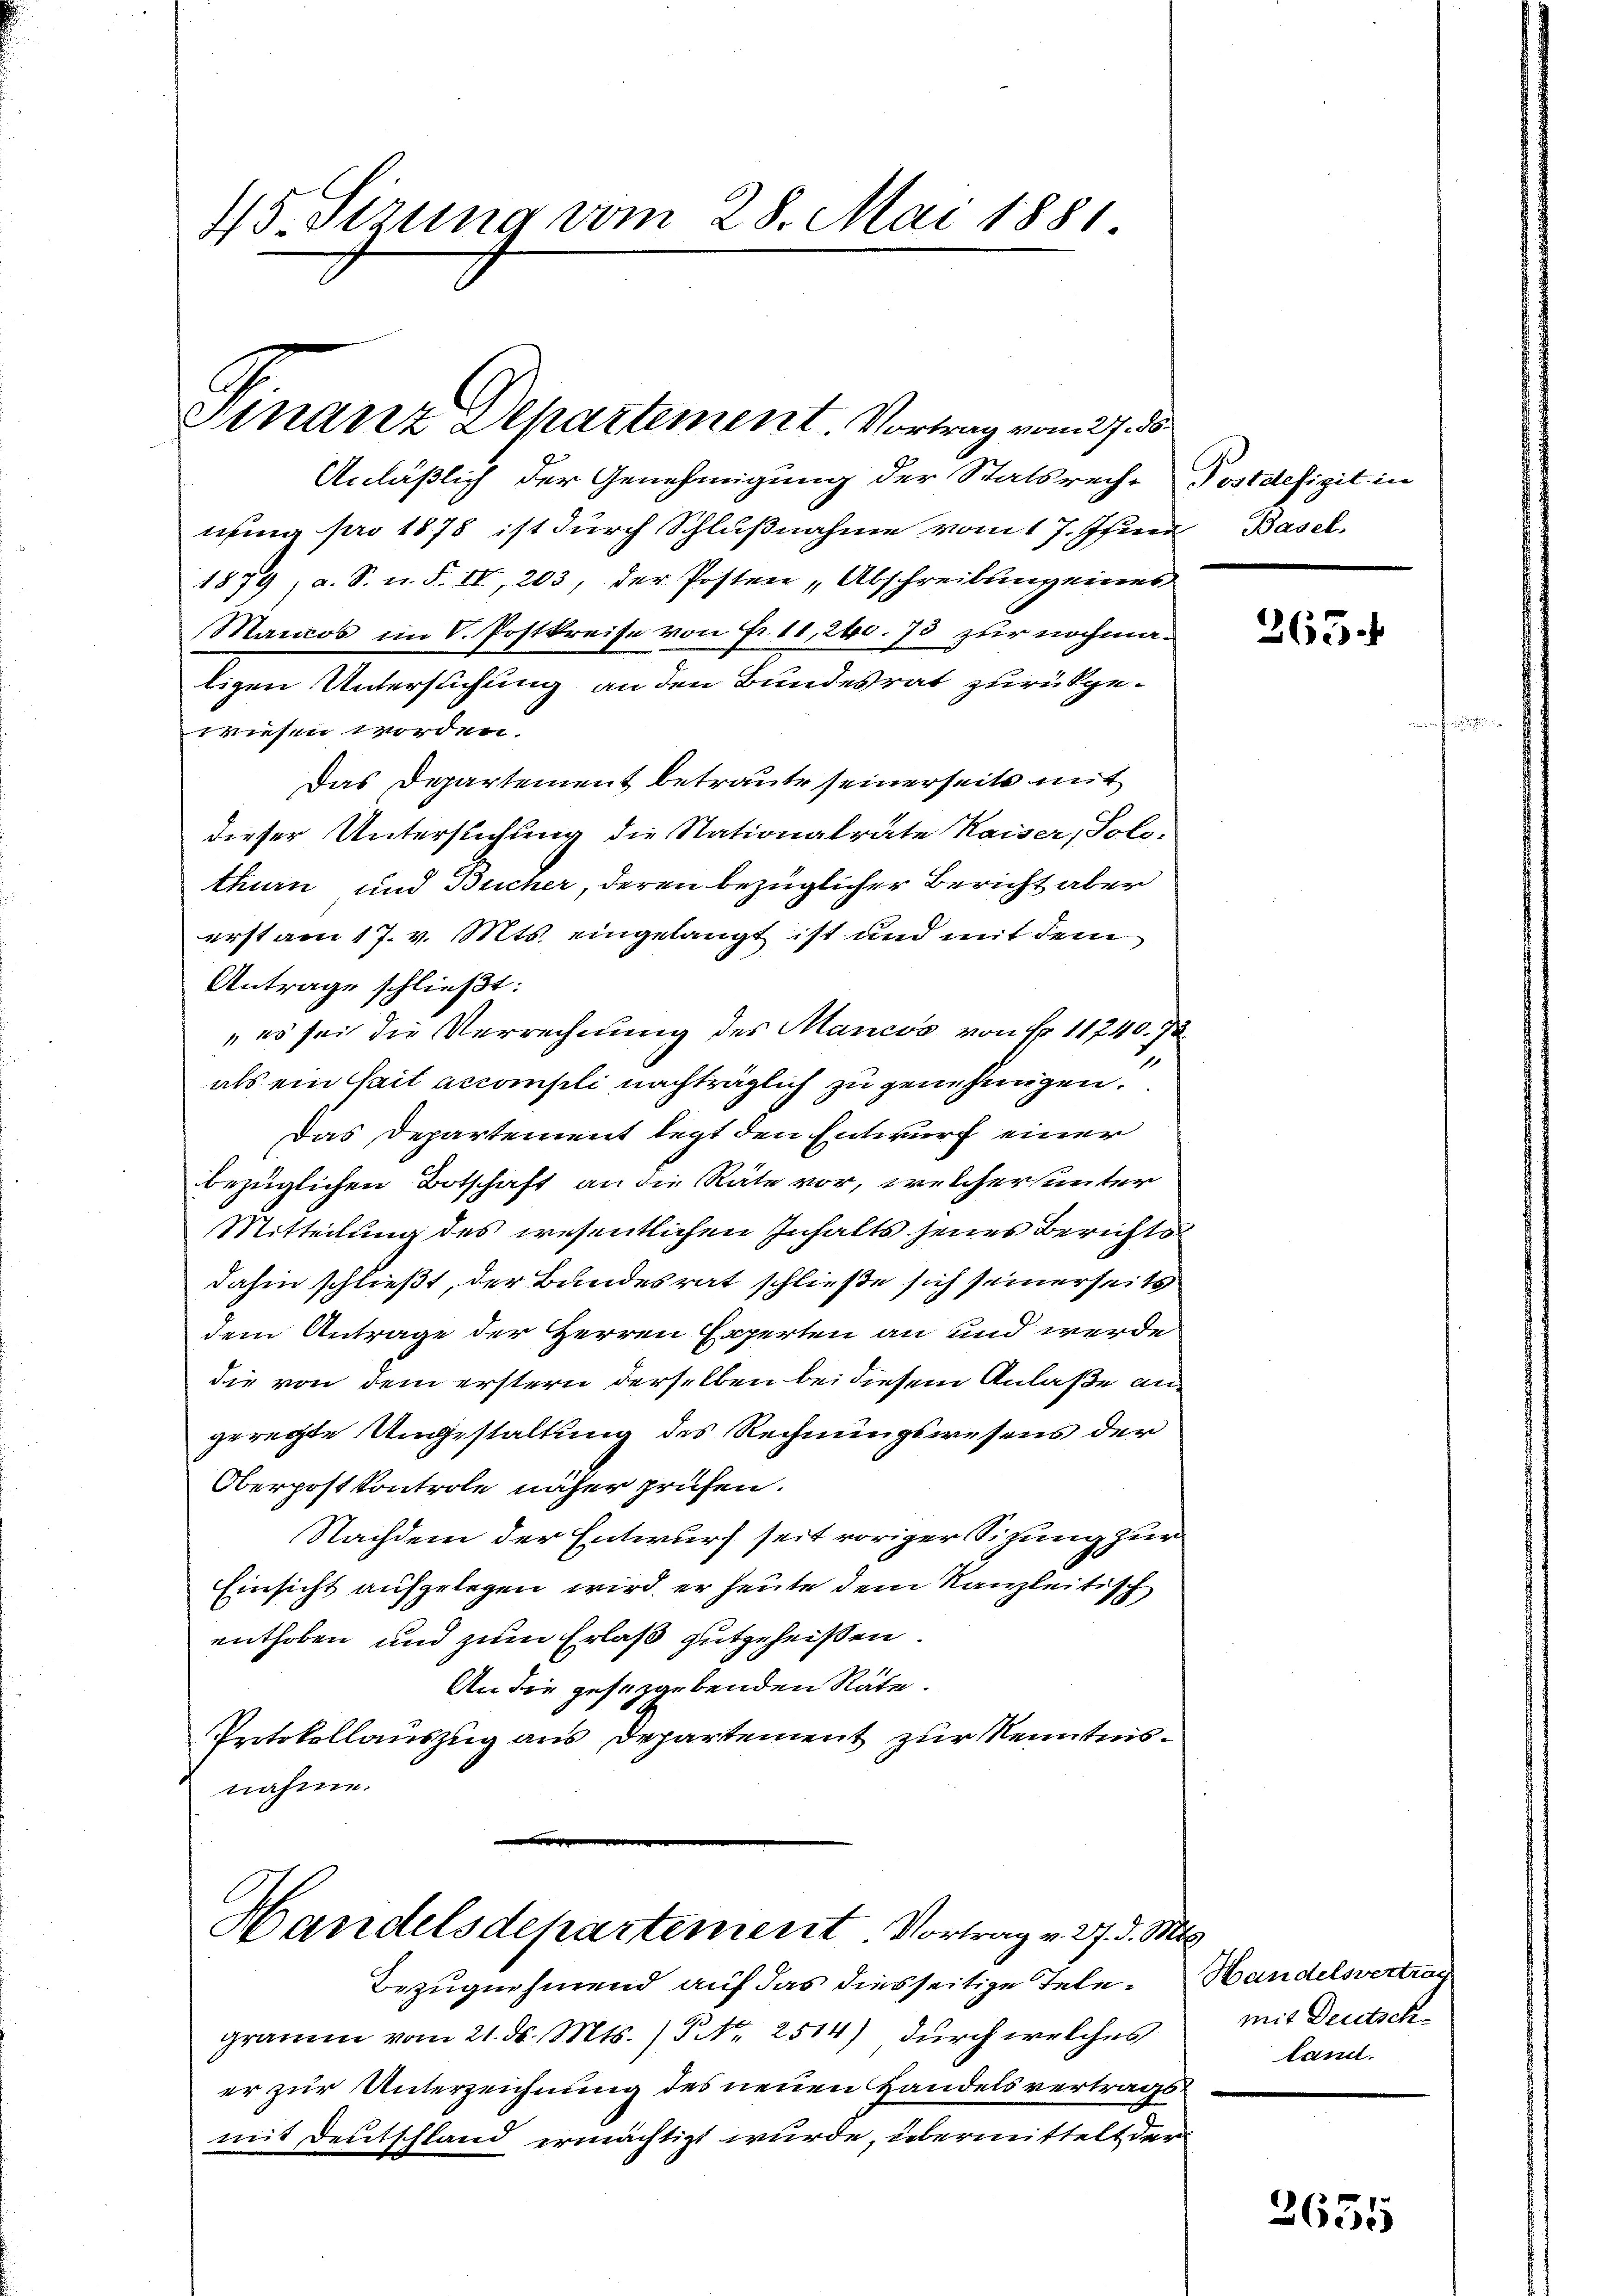
4/5 Sirung vom 28. Mai 1881.

Finanz Departement. Vortrag vom 27. ds

Handelsdepartement. Vortrag v. 27. d. Mts.

Anläßlich der Genehmigung der Statsreche Postdefizit in
ning pro 1878 ist durch Schlußnahme vom 17. Jena Basel
1879, a. S. n. F. IV, 203, der Posten Abschreibung eines
Mancos im V. Postkreise von Fr. 11, 240. 73 zur nochmatigen Untersuchung an den Bundesrat zurückgewiesen worden.
Das Departement betraute seinerseits mit
dieser Untersuchung die Nationalräte Kaiser, Solo-
thurn und Bucher, deren bezüglicher Bericht aber
erst am 17. v. Mts. eingelangt ist und mit dem
Antrage schließt:
„es sei die Verrechnung des Mancos von Fr. 11740. 72
als ein hait accompli nachträglich zu genehmigen.
Das Departement legt den Entwurf einer
bezüglichen Botschaft an die Räte vor, welcherunter
Mitteilung des wesentlichen Inhalts jenes Berichtsdahin schließt, der Bundesrat schließe sich seinerseits
dem Antrage der Herren Experten an und werde
die von dem erstern derselben bei diesem Anlaße aus
geregte Ungestaltung des Rechnungswesens der
OberpostControle näher prüfen.
Nachdem der Entwurf seit voriger Sitzung zur
Einsicht aufgelegen wird, er heute dem Kanzleitisch
enthoben und zum Erlaß gutgeheißen.
An die gesetzgebenden Räte.
Protokollauszug aus Departement zur Kenntnisnahme.

Bezugnahmend auf das diesseitige Telegramm vom 21. ds. Mts. / NNo. 2514) durch welches mit Deutscher zur Unterzeichnung des neuen Handelsvertragsmit Deutschland ermächtigt wurde, übermittelt der

265.

Handelsvertrag
land.

2635